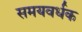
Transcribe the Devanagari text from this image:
समयवर्धक